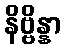
နိဗ္ဗိန္နာ